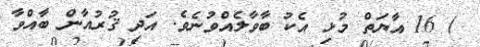
) 16 އާޔަތް މުޅި އެކު ބާވާލެއްވުނެވެ. އަދި ޤުރުއާން ބާއްވާ